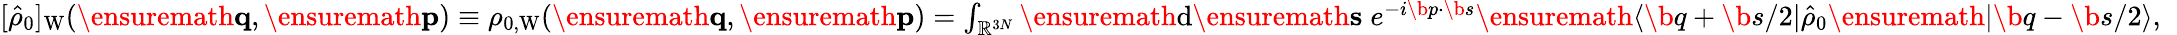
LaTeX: \begin{array}{r}{[\hat{\rho}_{0}]_{\mathrm{W}}(\ensuremath{\mathbf{q}},\ensuremath{\mathbf{p}})\equiv\rho_{0,\mathrm{W}}(\ensuremath{\mathbf{q}},\ensuremath{\mathbf{p}})=\int_{\mathbb{R}^{3N}}\ensuremath{\mathrm{d}}\ensuremath{\mathbf{s}}\; e^{-i\b{p}\cdot\b{s}}\ensuremath{\langle\b{q}+\b{s}/2\vert}\hat{\rho}_{0}\ensuremath{\vert\b{q}-\b{s}/2\rangle},\; \; }\end{array}